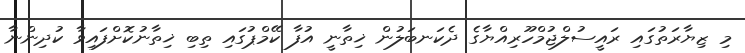
މި ޒިޔާރަތުގައި ރައީސުލްޖުމްހޫރިއްޔާގެ ދެކަނބަލުން ޚިތާނީ އުފާ ކޭމްޕުގައި ތިބި ޚިތާނުކޮށްފައިވާ ކުދިންނާ